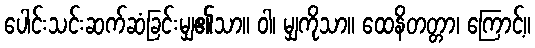
ပေါင်းသင်းဆက်ဆံခြင်းမျှ၏သာ။ ဝါ၊ မျှကိုသာ။ ထေနိတတ္တာ၊ ကြောင့်။